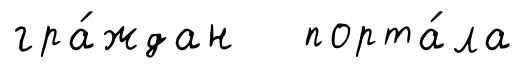
гра́ждан порта́ла